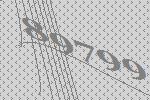
89799